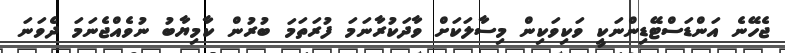
ޖެހޭނެ އަންޑަސްޓޭޑިންނަކީ ވަކިވަކިން މިސާލަކަށް ވާދަކުރާނަމަ ފުރަތަމަ ބުރުން ކާމިޔާބު ނުވެއްޖެނަމަ ދެވަނަ